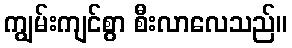
ကျွမ်းကျင်စွာ စီးလာလေသည်။